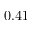
0 . 4 1